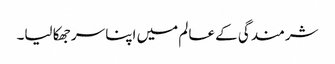
شرمندگی کے عالم میں اپنا سر جھکا لیا۔